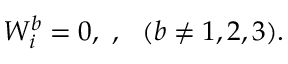
W _ { i } ^ { b } = 0 , \ , \ \ ( b \ne 1 , 2 , 3 ) .